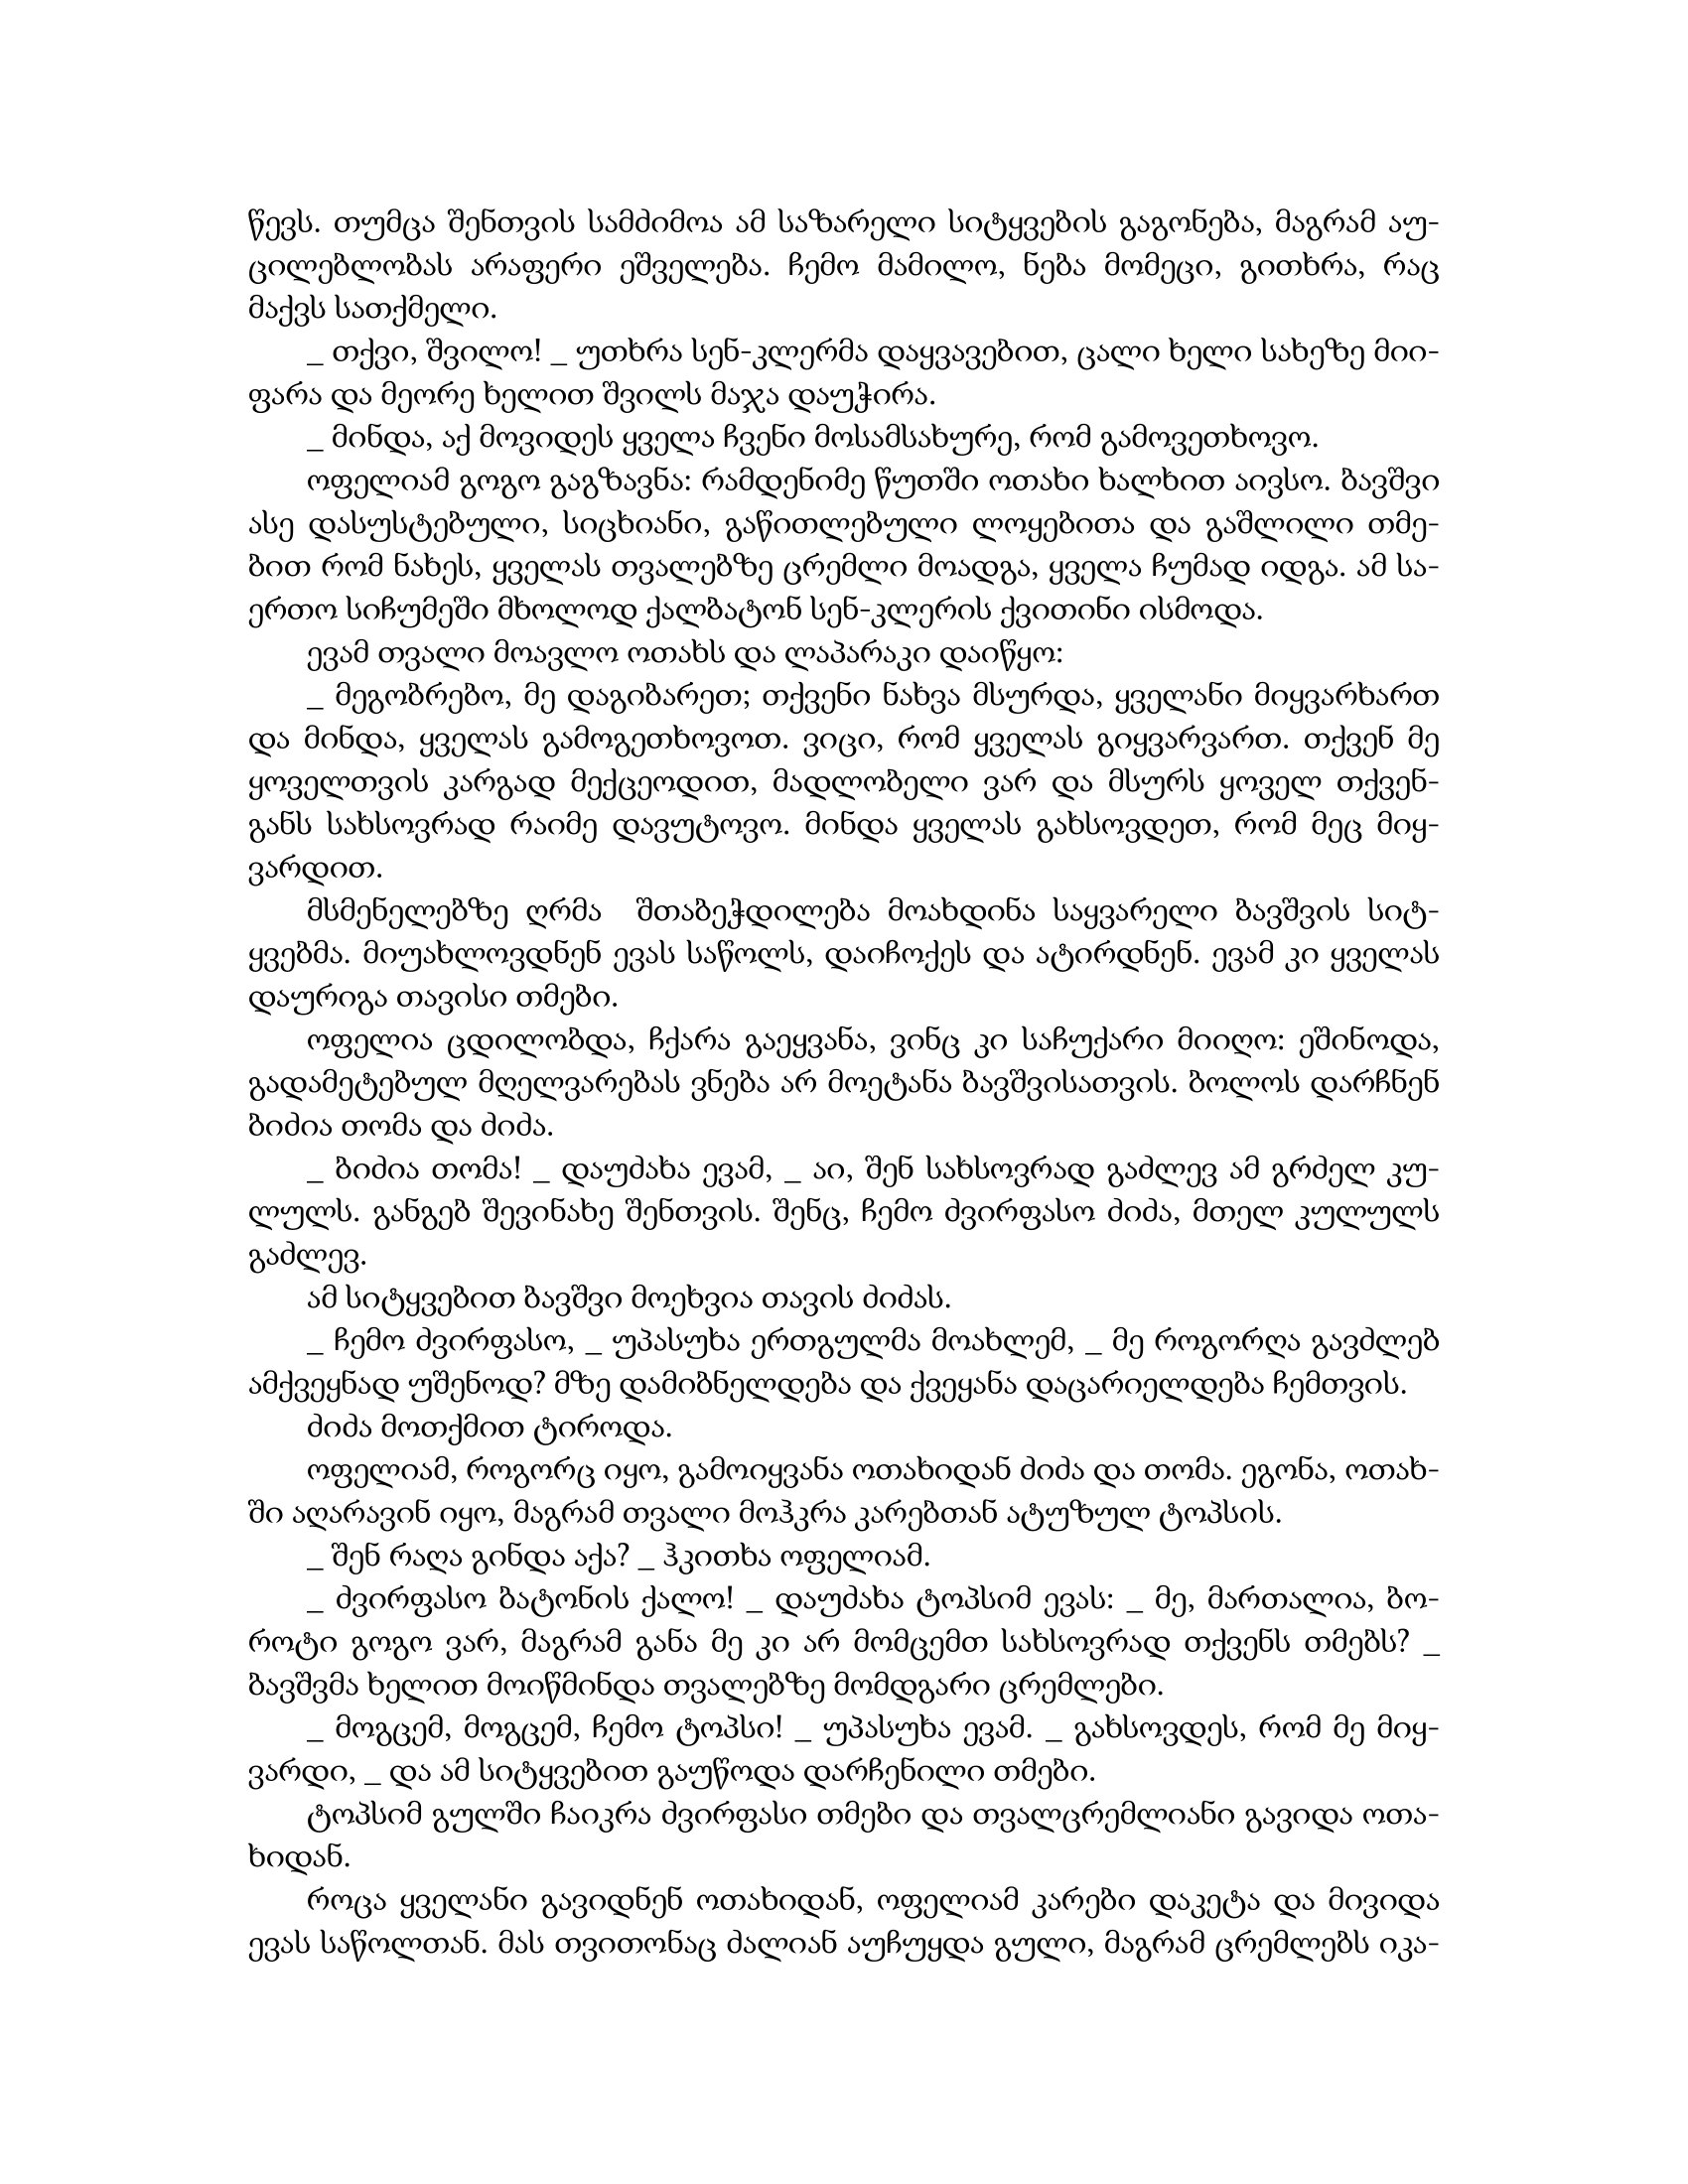
Language: gr